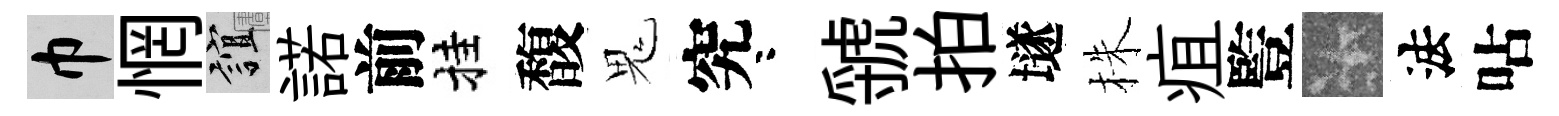
巾惘誼諾前挂馥鬼究咯虢拍𡑞株疽䜿卡法呫